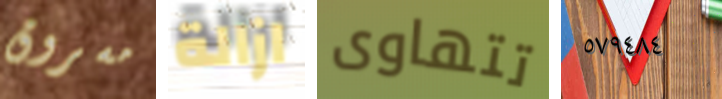
مسروق ازالة تتهاوى ٥٧٩٤٨٤